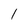
Character: l